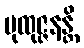
ပုထုဇ္ဇနန္တိ